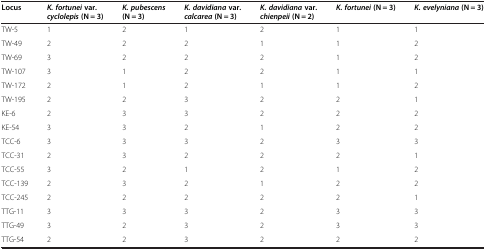
<table><thead><tr><td><b>Locus</b></td><td><b><i>K. fortunei </i>var. <i>cyclolepis </i>(N = 3)</b></td><td><b><i>K. pubescens </i>(N = 3)</b></td><td><b><i>K. davidiana </i>var. <i>calcarea </i>(N = 3)</b></td><td><b><i>K. davidiana </i>var. <i>chienpeii </i>(N = 2)</b></td><td><b><i>K. fortunei </i>(N = 3)</b></td><td><b><i>K. evelyniana </i>(N = 3)</b></td></tr></thead><tbody><tr><td>TW-5</td><td>1</td><td>2</td><td>1</td><td>2</td><td>1</td><td>1</td></tr><tr><td>TW-49</td><td>2</td><td>2</td><td>2</td><td>1</td><td>1</td><td>2</td></tr><tr><td>TW-69</td><td>3</td><td>2</td><td>2</td><td>2</td><td>1</td><td>2</td></tr><tr><td>TW-107</td><td>3</td><td>1</td><td>2</td><td>2</td><td>1</td><td>1</td></tr><tr><td>TW-172</td><td>2</td><td>1</td><td>2</td><td>1</td><td>1</td><td>2</td></tr><tr><td>TW-195</td><td>2</td><td>2</td><td>3</td><td>2</td><td>2</td><td>1</td></tr><tr><td>KE-6</td><td>2</td><td>3</td><td>3</td><td>2</td><td>2</td><td>2</td></tr><tr><td>KE-54</td><td>3</td><td>3</td><td>2</td><td>1</td><td>2</td><td>2</td></tr><tr><td>TCC-6</td><td>3</td><td>3</td><td>3</td><td>2</td><td>3</td><td>3</td></tr><tr><td>TCC-31</td><td>2</td><td>3</td><td>2</td><td>2</td><td>2</td><td>1</td></tr><tr><td>TCC-55</td><td>3</td><td>2</td><td>1</td><td>2</td><td>1</td><td>2</td></tr><tr><td>TCC-139</td><td>2</td><td>3</td><td>2</td><td>1</td><td>2</td><td>2</td></tr><tr><td>TCC-245</td><td>2</td><td>2</td><td>2</td><td>2</td><td>2</td><td>1</td></tr><tr><td>TTG-11</td><td>3</td><td>3</td><td>3</td><td>2</td><td>3</td><td>3</td></tr><tr><td>TTG-49</td><td>3</td><td>2</td><td>3</td><td>2</td><td>3</td><td>3</td></tr><tr><td>TTG-54</td><td>2</td><td>2</td><td>3</td><td>2</td><td>2</td><td>2</td></tr></tbody></table>